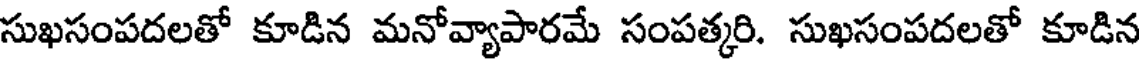
సుఖసంపదలతో కూడిన మనోవ్యాపారమే సంపత్కరి. సుఖసంపదలతో కూడిన